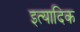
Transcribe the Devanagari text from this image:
इत्यादिक